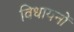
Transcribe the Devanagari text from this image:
विधायनों